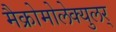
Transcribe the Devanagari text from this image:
मैक्रोमोलेक्युलर्